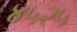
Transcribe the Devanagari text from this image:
४५२५